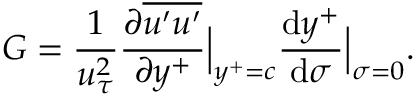
G = \frac { 1 } { u _ { \tau } ^ { 2 } } \frac { \partial \overline { { u ^ { \prime } u ^ { \prime } } } } { \partial y ^ { + } } \Big | _ { y ^ { + } = c } \frac { \mathrm { d } y ^ { + } } { \mathrm { d } \sigma } \Big | _ { \sigma = 0 } .